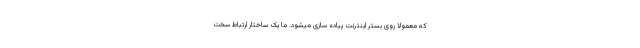
که معمولا روی بستر اینترنت پیاده سازی میشود. ما یک ساختار ارتباط سخت